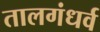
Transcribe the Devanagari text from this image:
तालगंधर्व